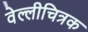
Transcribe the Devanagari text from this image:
वेल्लीचित्रक